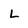
Character: L